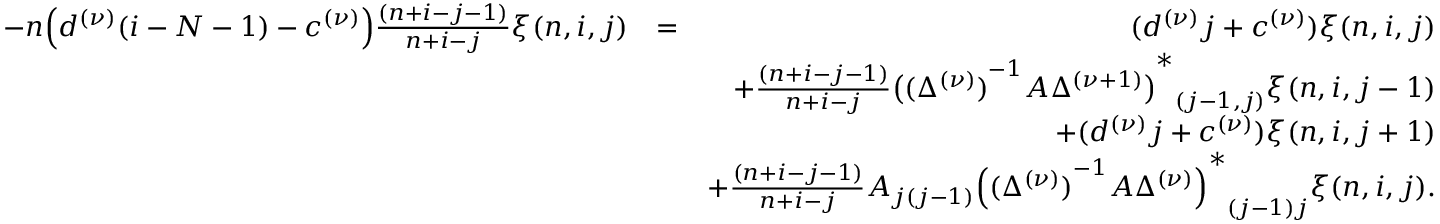
\begin{array} { r l r } { - n \Big ( d ^ { ( \nu ) } ( i - N - 1 ) - c ^ { ( \nu ) } \Big ) \frac { ( n + i - j - 1 ) } { n + i - j } \xi ( n , i , j ) } & { = } & { ( d ^ { ( \nu ) } j + c ^ { ( \nu ) } ) \xi ( n , i , j ) } \\ & { } & { + \frac { ( n + i - j - 1 ) } { n + i - j } { { \big ( { ( \Delta ^ { ( \nu ) } ) } ^ { - 1 } A \Delta ^ { ( \nu + 1 ) } \big ) } ^ { \ast } } _ { ( j - 1 , j ) } \xi ( n , i , j - 1 ) } \\ & { } & { + ( d ^ { ( \nu ) } j + c ^ { ( \nu ) } ) \xi ( n , i , j + 1 ) } \\ & { } & { + \frac { ( n + i - j - 1 ) } { n + i - j } A _ { j ( j - 1 ) } { { \Big ( { ( \Delta ^ { ( \nu ) } ) } ^ { - 1 } A \Delta ^ { ( \nu ) } \Big ) } ^ { \ast } } _ { ( j - 1 ) j } \xi ( n , i , j ) . } \end{array}